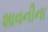
શાવનીના